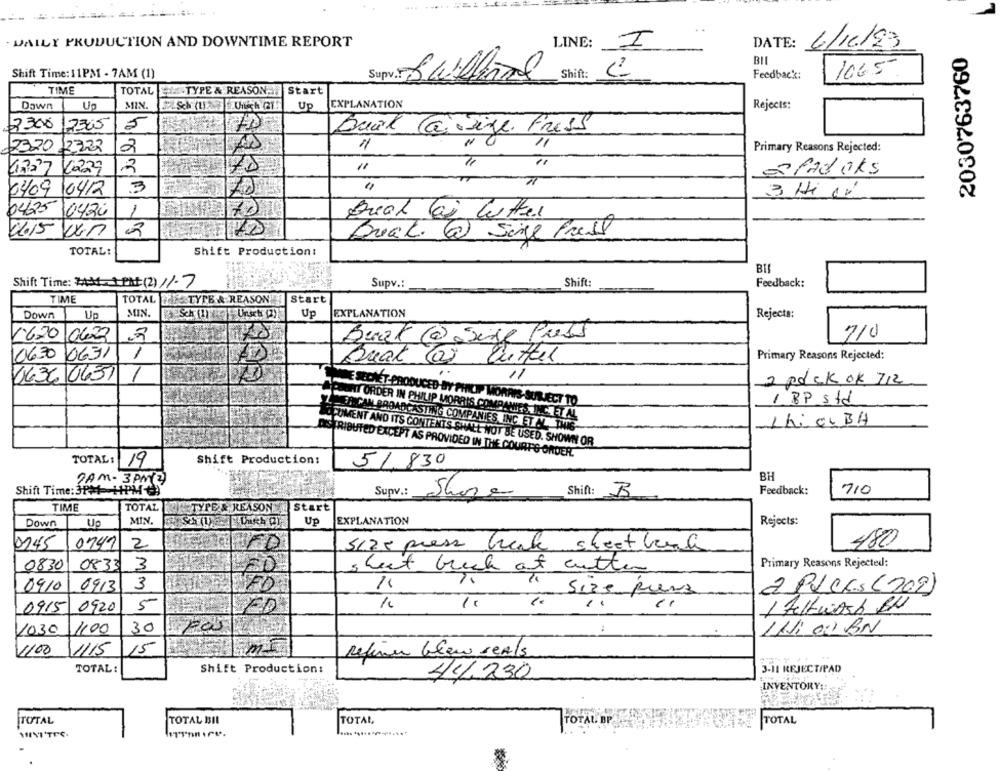
----------.
DAILY PRODUCTION AND DOWNTIME REPORT
LINE:
DATE:
6/16/93
2030763760
BIL
Shift Time: 11PM - 7AM (1)
Supv .: Bwillferre
Shift:
Feedback:
1065
TIME
TOTAL
TYPE & REASON
Start
Dawn
Up
MIN.
Sch (U.23 Undsch (215
Up
EXPLANATION
Rejects:
2305
5
3300
Buik Taize Fress
11
11
2320
12322
2
ÀS
11
Primary Reasons Rejected:
G727
2
78
11
"1
4229
fadoks
0409 /0412
3
3 Hi 1'
042510420
1
Buch lai lutter
Dock@Sigerail
TOTAL:
Shift Production:
Shift Time: ZAM 1 PM (2)11. 7
Supv .:
Shift:
Feedback:
TIME
TOTAL
TYTE & REASON
Start
Down
Up
MIN.
Up
EXPLANATION
Rejects:
1620
0623
Buat @ sige Press
710
0631
1
106.30
Buak ar Enttel
Primary Reasons Rejected:
0636 0637
1
11
2 pack ok 712
1 BP std
PULAT ORDER IN PHILIP MORRIS COMPANIES
NE SEDNET-PRODUCED BY PHILIP MORRIS- SUBJECT TO.
CAN BROADC
ChiaBH
STING COMPANIES INC. ET AL. THIS
O FUMENT AND ITS CONTENTS SHALL NOT BE USED. SHOWN OR
PROVIDED IN THE COURTG ORDER.
TOTAL: 19
Shift Production:
51.830
BH
7AM- 3PM 2
Shift Time: 37#1-11PM45
Shift: B
Feedback:
710
Supv .: Shore
TIME
TOTAL
TYPE & REASON _Start
Down
U
MIN.
Up
EXPLANATION
Rejects:
0145
0741
2
5175 press Werk sheet lerle
480
Primary Reasons Rejected:
0830
0833
3
sheet black at cutter
0910
0913 3
2 Plecs (202)
0915
0920
5
VED
1 Aultwash BU
1030
1100
30
11.1: 00 BN
1100
1115
15
Refine blow reals
TOTAL:
Shift Production:
3-11 REJECTIPAD
41230
INVENTORY ::
TOTAL
TOTAL BIL
TOTAL
TOTAL BP
TOTAL
MINI TIC.